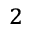
^ 2